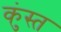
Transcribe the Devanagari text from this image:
कुंस्त